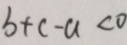
b + c - a < 0